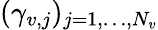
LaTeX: (\gamma_{v,j})_{j=1,\dots,N_{v}}